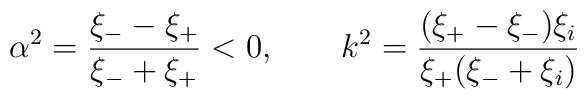
\alpha^2=\frac{\xi_--\xi_+}{\xi_-+\xi_+}<0, \qquad k^2=\frac{(\xi_+-\xi_-)\xi_i}{\xi_+(\xi_-+\xi_i)}